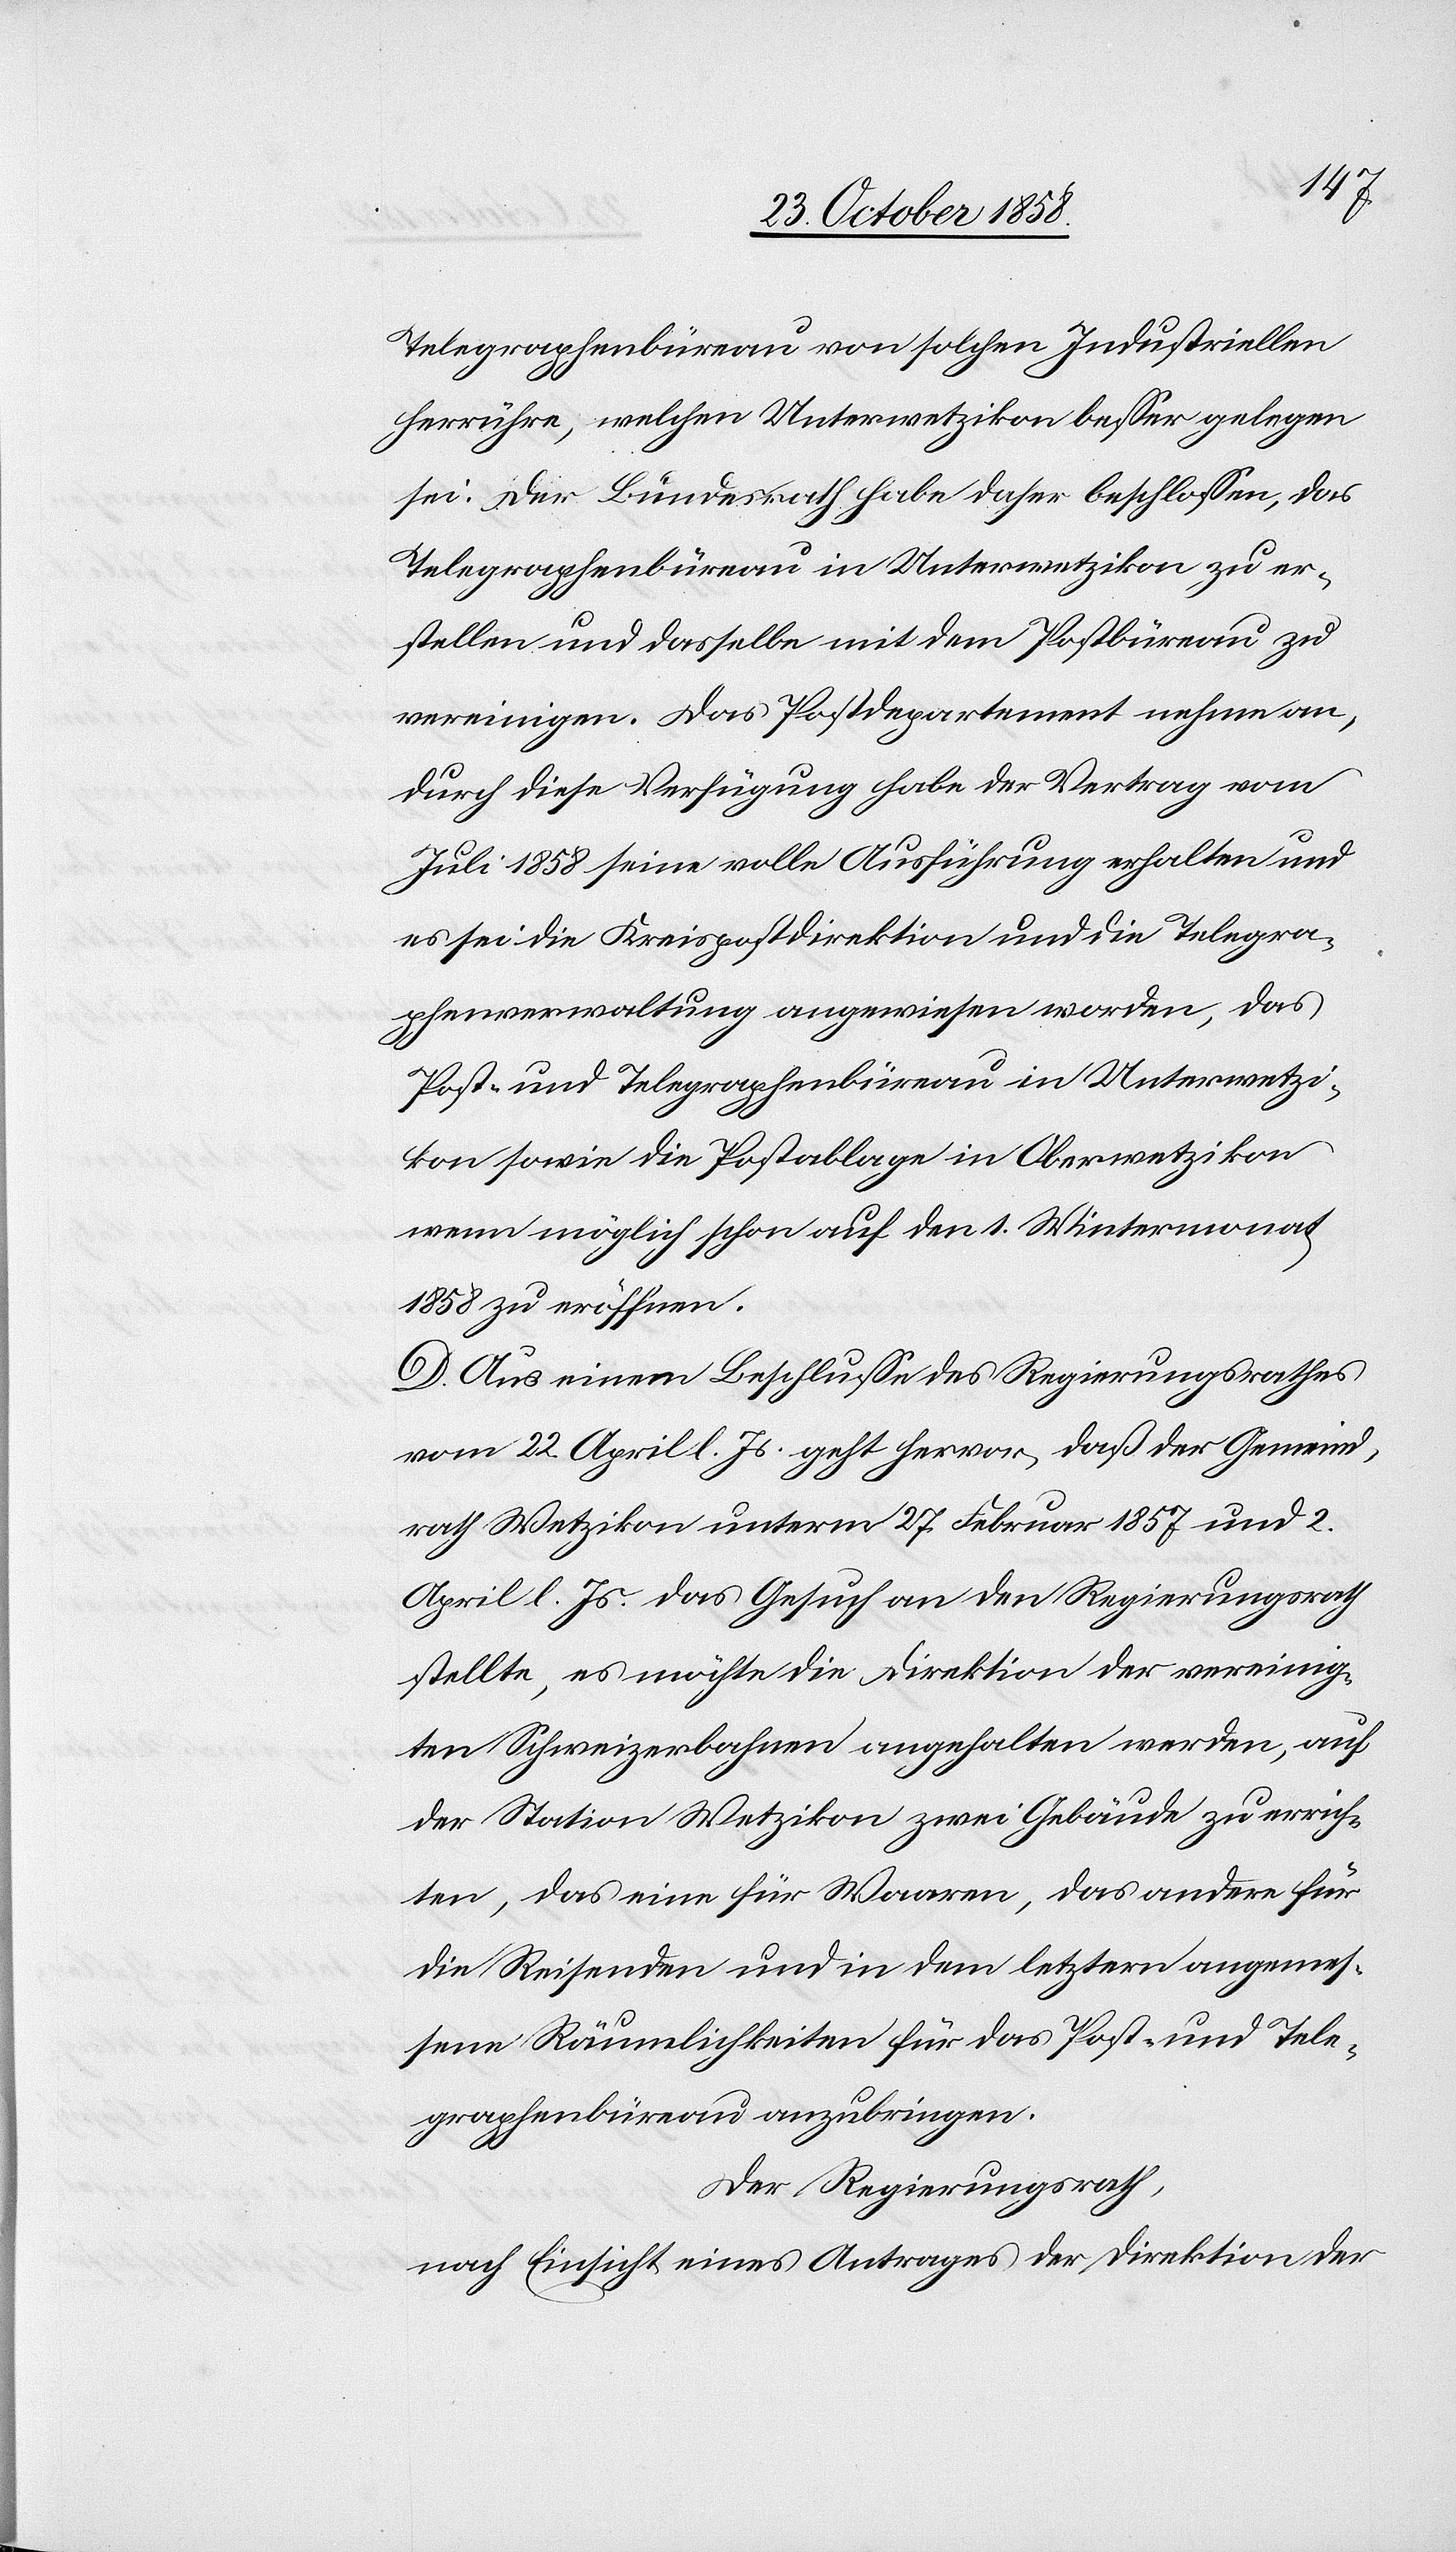
Telegraphenbüreau von solchen Industriellen
herrühre, welchen Unterwetzikon besser gelegen
sei. Der Bundesrath habe daher beschlossen, das
Telegraphenbüreau in Unterwetzikon zu er¬
stellen und dasselbe mit dem Postbüreau zu
vereinigen. Das Postdepartement nehme an,
durch diese Verfügung habe der Vertrag vom
Juli 1858 seine volle Ausführung erhalten und
es sei die Kreispostdirektion und die Telegra¬
phenverwaltung angewiesen worden, das
Post- und Telegraphenbüreau in Unterwetzi¬
kon sowie die Postablage in Oberwetzikon
wenn möglich schon auf den 1. Wintermonat
1858 zu eröffnen.
D. Aus einem Beschlusse des Regierungsrathes
vom 22. April l. Js. geht hervor, daß der Gemeind¬
rath Wetzikon unterm 27. Februar 1857 und 2.
April l. Js. das Gesuch an den Regierungsrath
stellte, es möchte die Direktion der vereinig¬
ten Schweizerbahnen angehalten werden, auf
der Station Wetzikon zwei Gebäude zu errich¬
ten, das eine für Waaren, das andere für
die Reisenden und in dem letztern angemes¬
sene Räumlichkeiten für das Post- und Tele¬
graphenbüreau anzubringen.
Der Regierungsrath,
nach Einsicht eines Antrages der Direktion der